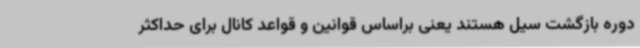
دوره بازگشت سیل هستند یعنی براساس قوانین و قواعد کانال برای حداکثر